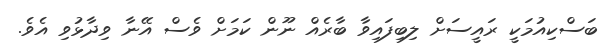
ބަސްކިއުމަކީ ރައީސަށް ލިބިފައިވާ ބާރެއް ނޫން ކަމަށް ވެސް އޭނާ ވިދާޅުވި އެވެ.